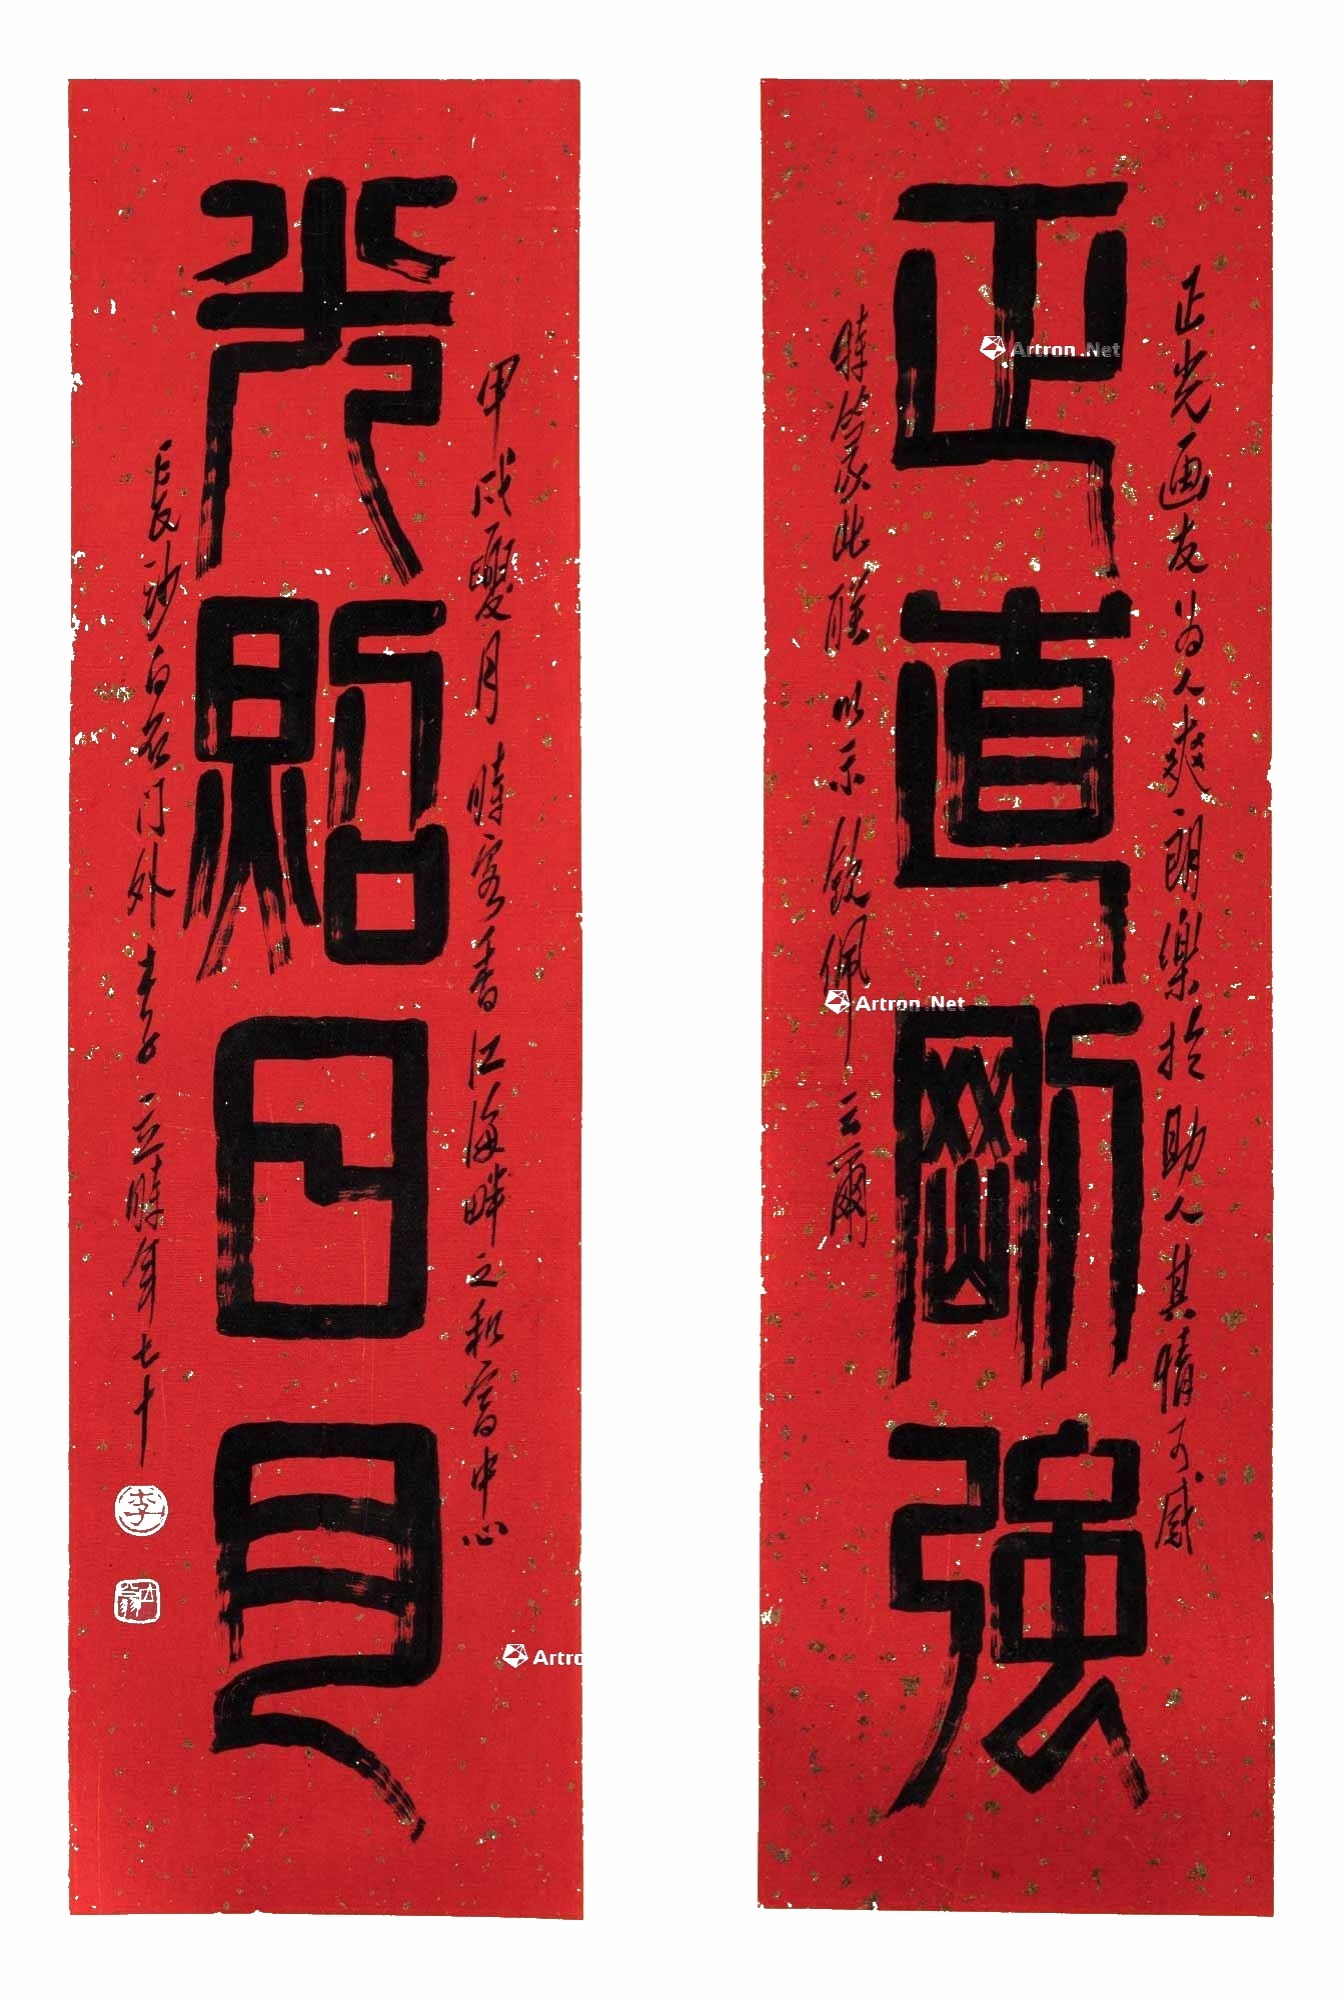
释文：正直刚强光照日月正光画友为人爽朗乐于助人其情可感。特录此联以示钦佩。云尔。甲戌（1994）夏月时客香江海畔之和富中心，长沙白石门外李立时年七十。